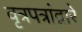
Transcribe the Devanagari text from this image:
वृत्रपत्रांद्वारे